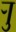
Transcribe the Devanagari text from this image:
र्‍ाु